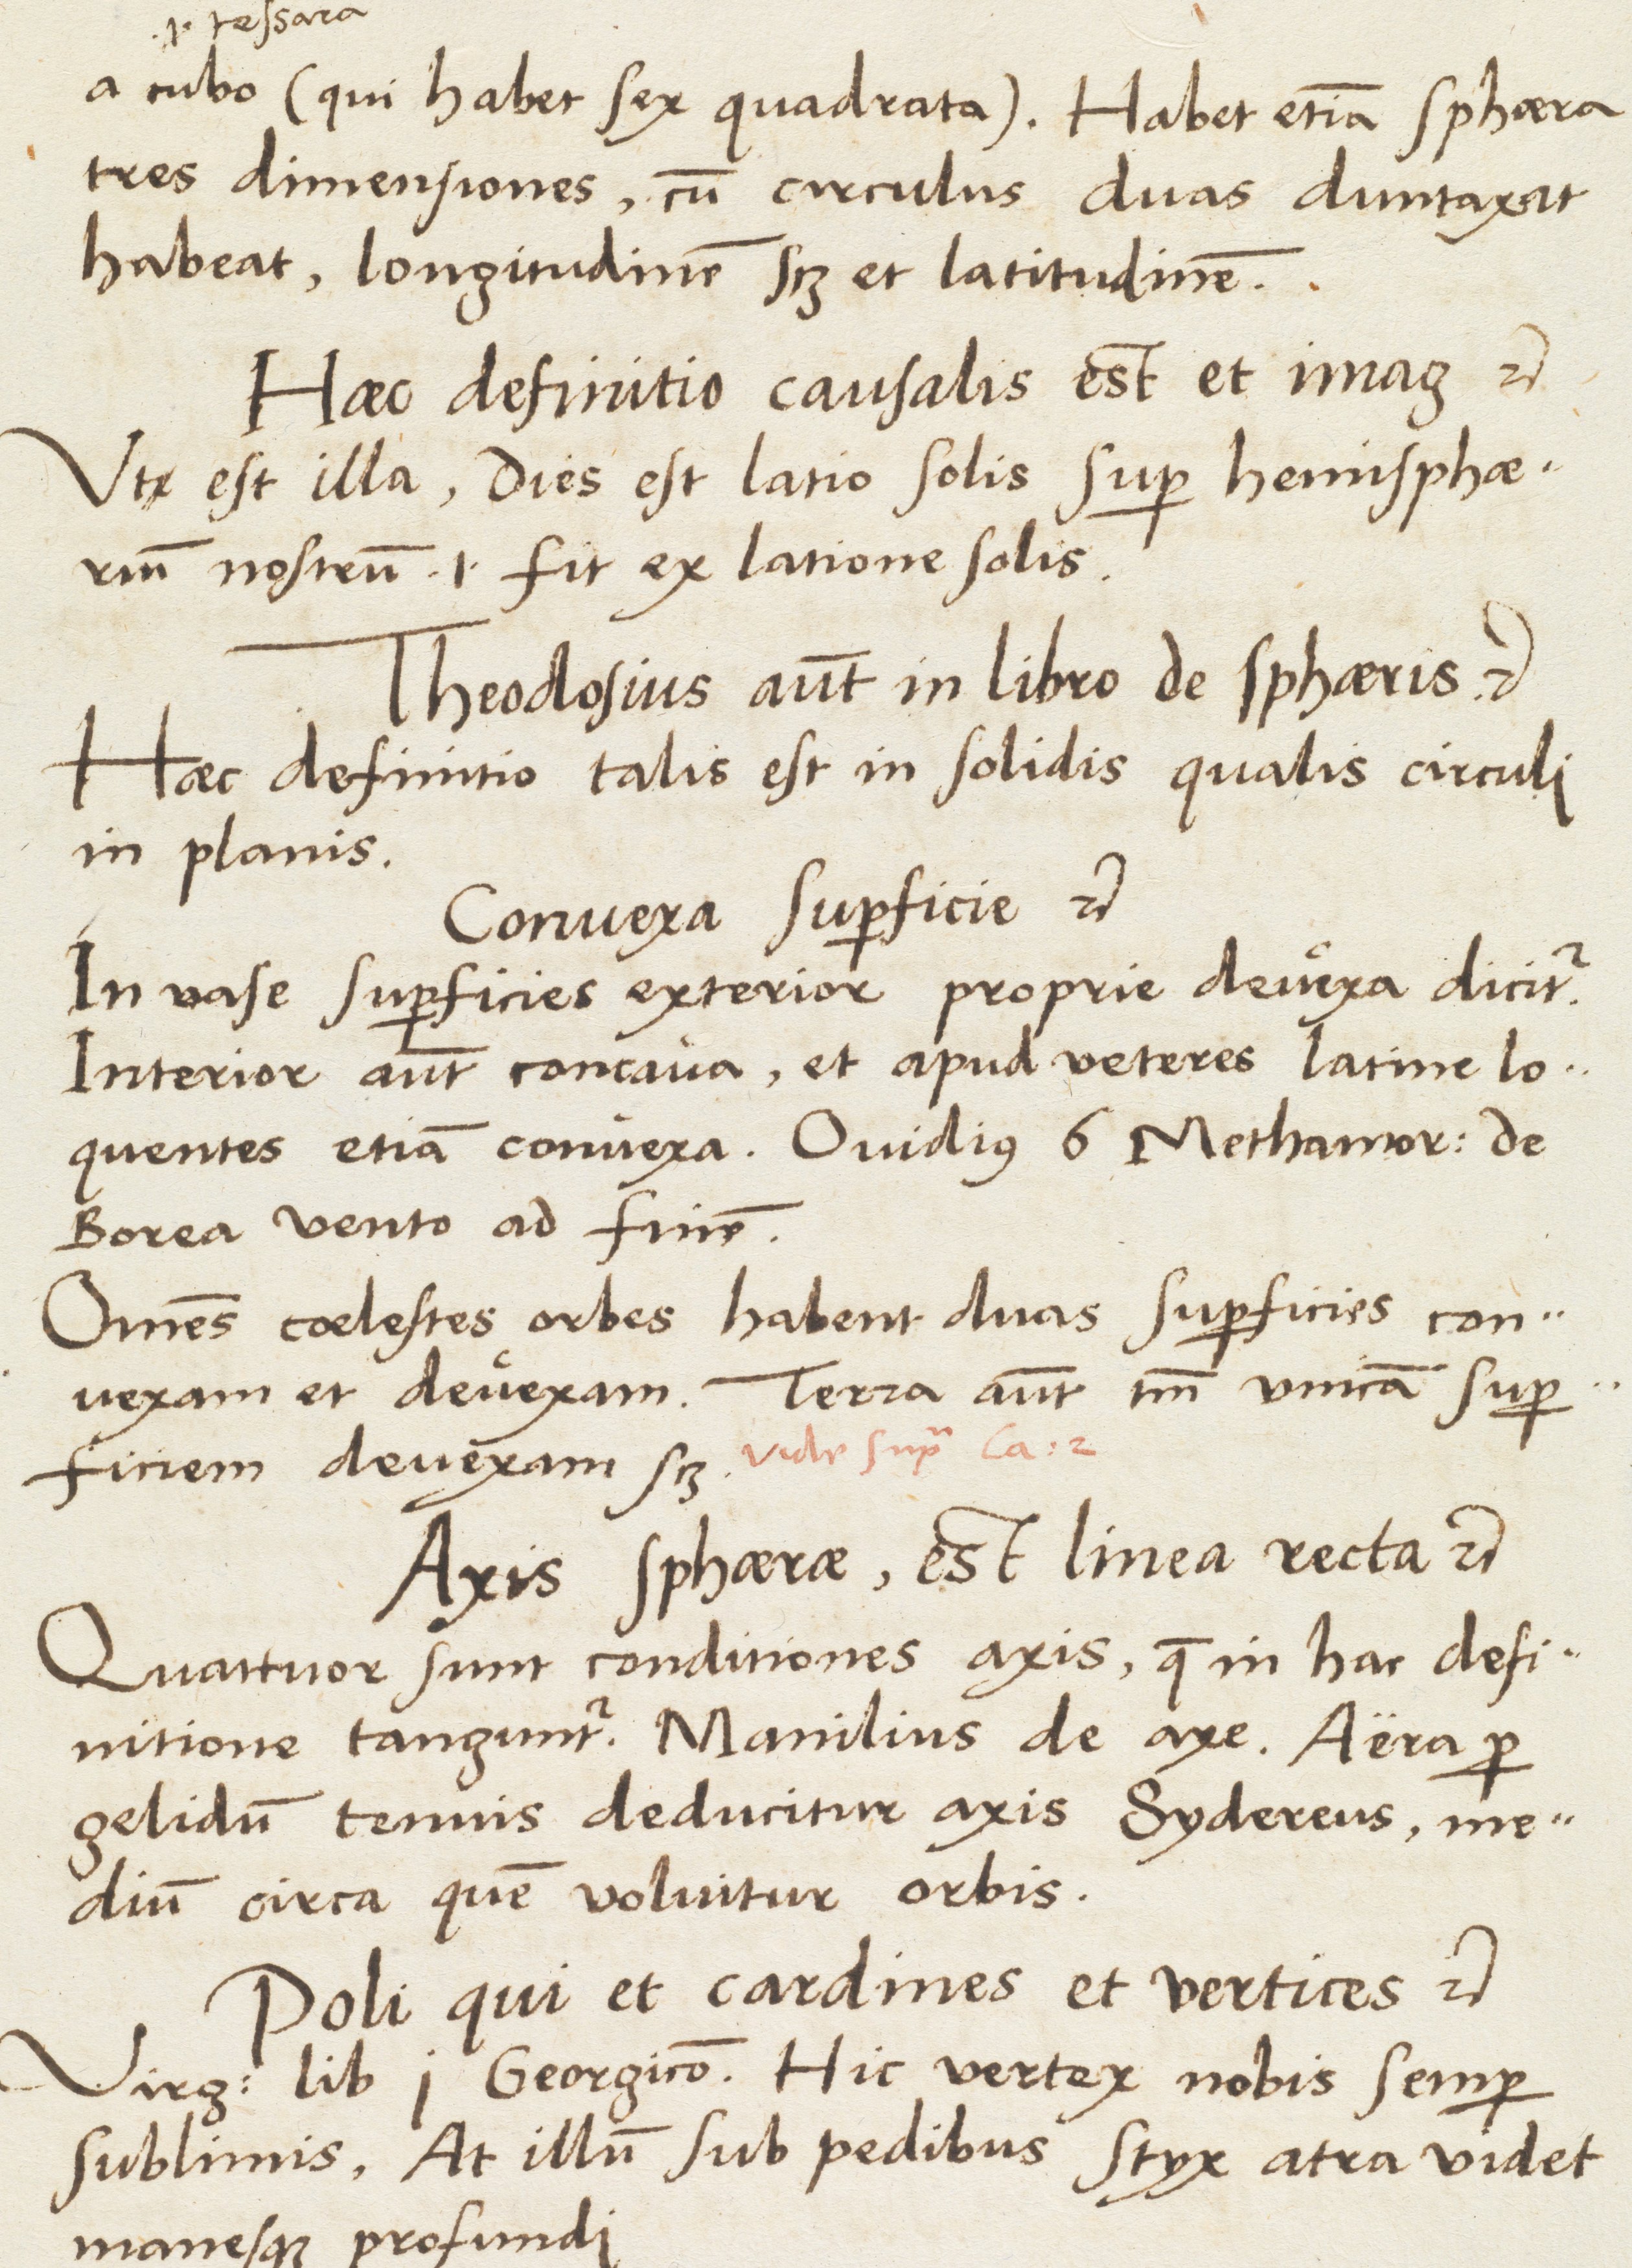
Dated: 1537–1537